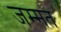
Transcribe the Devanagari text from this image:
जम्‍मत